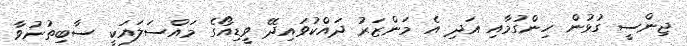
ޖިންސީ ގުޅުން ހިންގުމާއި އަދި އެ މަންޒަރު ދައްކުވައިދޭ ވީޑިއޯގެ މައްސަލައަކީ ސާބިތުނުވާ